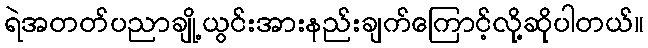
ရဲအတတ်ပညာချို့ယွင်းအားနည်းချက်ကြောင့်လို့ဆိုပါတယ်။